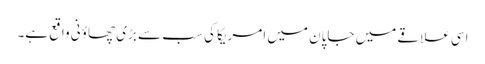
اسی علاقے میں جاپان میں امریکا کی سب سے بڑی چھاؤنی واقع ہے۔